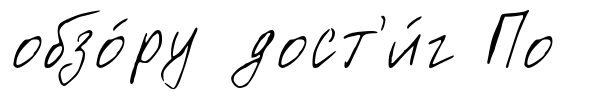
обзо́ру дост'и́г По